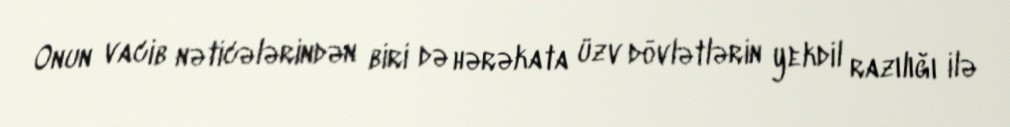
Onun vacib nəticələrindən biri də hərəkata üzv dövlətlərin yekdil razılığı ilə